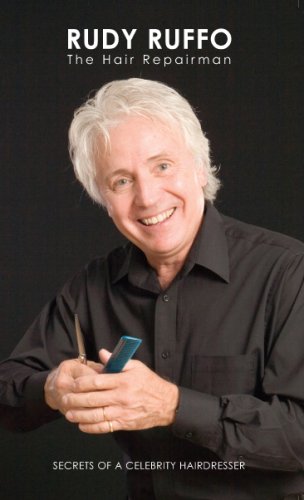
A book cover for RUDY RUFFO The Hair Repairman ("Secrets of a Celebrity Hairdresser", "Volume 1" is the series volume for "Rudy Ruffo The Hair Repairman"); Rudy Ruffo; Health, Fitness & Dieting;